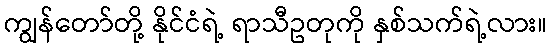
ကျွန်တော်တို့ နိုင်ငံရဲ့ ရာသီဥတုကို နှစ်သက်ရဲ့လား။